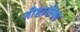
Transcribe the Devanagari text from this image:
नीहारीका